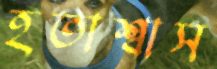
হতাশ্বাস